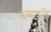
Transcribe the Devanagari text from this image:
रमवले